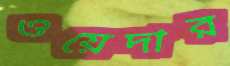
ওয়েদার